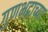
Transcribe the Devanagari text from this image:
गुणभद्राच्या